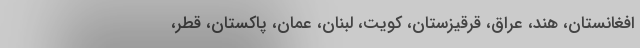
افغانستان، هند، عراق، قرقیزستان، کویت، لبنان، عمان، ‌پاکستان، قطر،